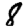
Digit: 8